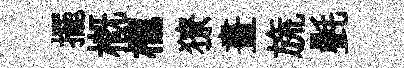
擺概櫳獠畫旒㲲